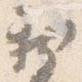
新